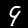
Label: 9